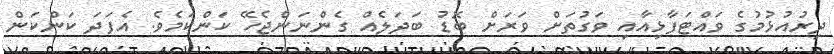
ދިރުއުޅުމުގެ ވައްޓަފާޅިއާއި ވަގުތަށް ވަރަށް ބޮޑު ބަދަލެއް ގެންނަންޖެހޭ ކަންކަމެވެ. އެފަދަ ކަންކަން